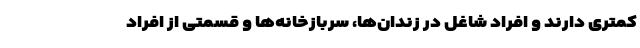
کمتری دارند و افراد شاغل در زندان‌ها، سربازخانه‌ها و قسمتی از افراد